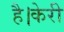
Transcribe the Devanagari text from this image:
है।केरी